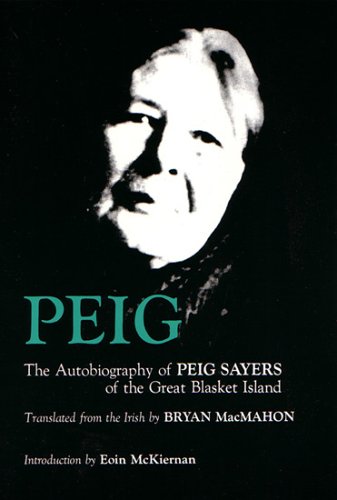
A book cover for Peig: The Autobiography of Peig Sayers of the Great Blasket Island (Irish Studies); Peig Sayers; Biographies & Memoirs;